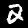
Digit: 2